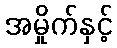
အမှိုက်နှင့်